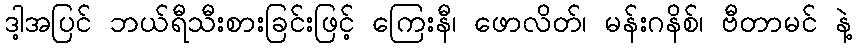
ဒါ့အပြင် ဘယ်ရီသီးစားခြင်းဖြင့် ကြေးနီ၊ ဖောလိတ်၊ မန်းဂနိစ်၊ ဗီတာမင် နဲ့